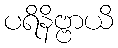
ပရိနိဗ္ဗာယိ